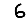
Digit: 6